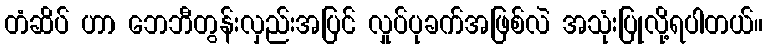
တံဆိပ် ဟာ ဘေဘီတွန်းလှည်းအပြင် လှုပ်ပုခက်အဖြစ်လဲ အသုံးပြုလို့ရပါတယ်။